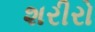
શરીરો